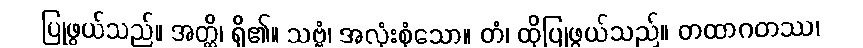
ပြုဖွယ်သည်။ အတ္ထိ၊ ရှိ၏။ သဗ္ဗံ၊ အလုံးစုံသော။ တံ၊ ထိုပြုဖွယ်သည်။ တထာဂတဿ၊